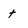
Character: t